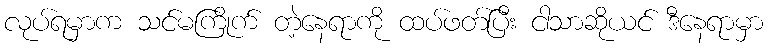
လုပ်ရမှာက သင်မကြိုက် တဲ့နေရာကို ထပ်ဖတ်ပြီး ငါသာဆိုယင် ဒီနေရာမှာ